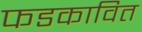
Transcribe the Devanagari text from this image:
फडकावित